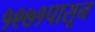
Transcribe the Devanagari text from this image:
१९७१पासून